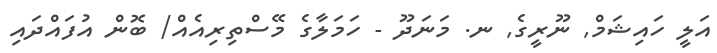
އަލީ ހައިޝަމް